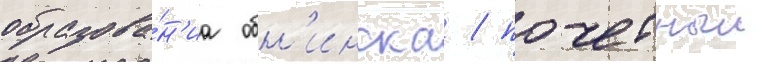
образова́н'иа обн'инска / почетныи